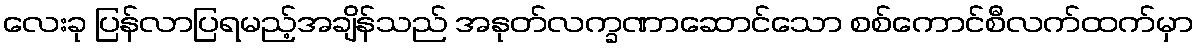
လေးခု ပြန်လာပြရမည့်အချိန်သည် အနုတ်လက္ခဏာဆောင်သော စစ်ကောင်စီလက်ထက်မှာ